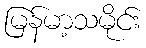
မြန်မာ့သမိုင်း